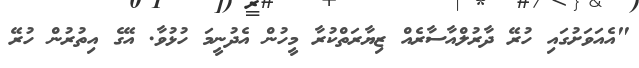
"އެއަވަށުގައި ހުރޭ ދާރުލްއާސާރެއް ޒިޔާރަތްކުރާ މީހުން އެދުނީމަ ހުޅުވާ. އޭގެ އިތުރުން ހުރޭ